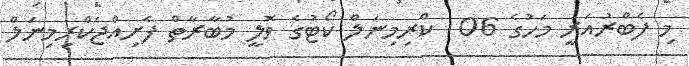
މި ފެބްރުއަރީ މަހުގެ 06  ކްރިމިނަލް ކޯޓުގެ ވޮލީ މުބާރާތް ފެށިއްޖެކްރިމިނަލް